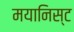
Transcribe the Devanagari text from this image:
मयानिस्ट